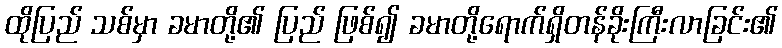
ထိုပြည် သစ်မှာ ခမာတို့၏ ပြည် ဖြစ်၍ ခမာတို့ရောက်ရှိတန်ခိုးကြီးလာခြင်း၏